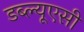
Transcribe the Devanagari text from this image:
डब्ल्यूएसी